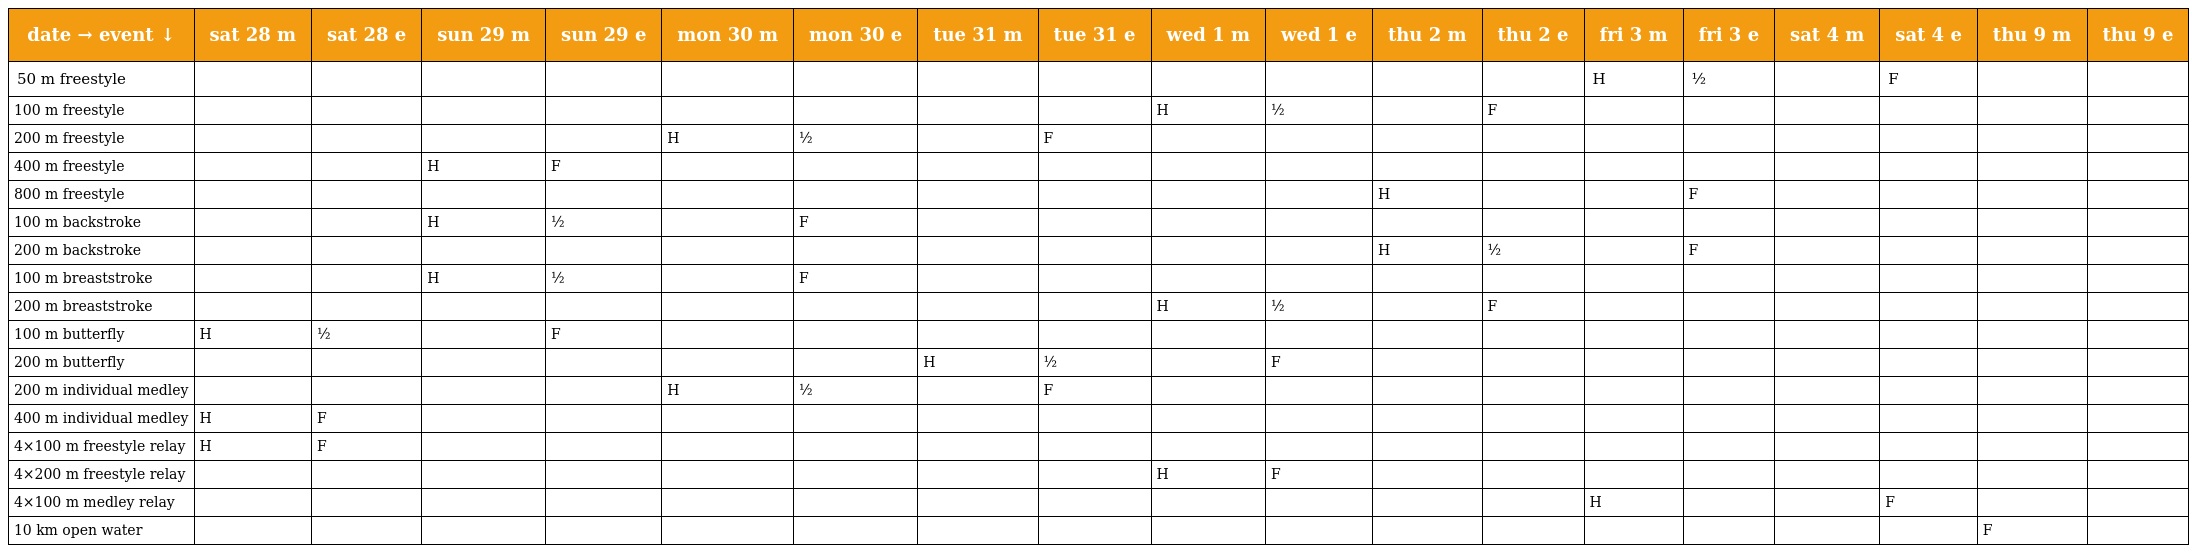
| date → event ↓ | sat 28 m | sat 28 e | sun 29 m | sun 29 e | mon 30 m | mon 30 e | tue 31 m | tue 31 e | wed 1 m | wed 1 e | thu 2 m | thu 2 e | fri 3 m | fri 3 e | sat 4 m | sat 4 e | thu 9 m | thu 9 e |
 | --- | --- | --- | --- | --- | --- | --- | --- | --- | --- | --- | --- | --- | --- | --- | --- | --- | --- | --- |
 | 50 m freestyle |  |  |  |  |  |  |  |  |  |  |  |  | H | ½ |  | F |  |  |
 | 100 m freestyle |  |  |  |  |  |  |  |  | H | ½ |  | F |  |  |  |  |  |  |
 | 200 m freestyle |  |  |  |  | H | ½ |  | F |  |  |  |  |  |  |  |  |  |  |
 | 400 m freestyle |  |  | H | F |  |  |  |  |  |  |  |  |  |  |  |  |  |  |
 | 800 m freestyle |  |  |  |  |  |  |  |  |  |  | H |  |  | F |  |  |  |  |
 | 100 m backstroke |  |  | H | ½ |  | F |  |  |  |  |  |  |  |  |  |  |  |  |
 | 200 m backstroke |  |  |  |  |  |  |  |  |  |  | H | ½ |  | F |  |  |  |  |
 | 100 m breaststroke |  |  | H | ½ |  | F |  |  |  |  |  |  |  |  |  |  |  |  |
 | 200 m breaststroke |  |  |  |  |  |  |  |  | H | ½ |  | F |  |  |  |  |  |  |
 | 100 m butterfly | H | ½ |  | F |  |  |  |  |  |  |  |  |  |  |  |  |  |  |
 | 200 m butterfly |  |  |  |  |  |  | H | ½ |  | F |  |  |  |  |  |  |  |  |
 | 200 m individual medley |  |  |  |  | H | ½ |  | F |  |  |  |  |  |  |  |  |  |  |
 | 400 m individual medley | H | F |  |  |  |  |  |  |  |  |  |  |  |  |  |  |  |  |
 | 4×100 m freestyle relay | H | F |  |  |  |  |  |  |  |  |  |  |  |  |  |  |  |  |
 | 4×200 m freestyle relay |  |  |  |  |  |  |  |  | H | F |  |  |  |  |  |  |  |  |
 | 4×100 m medley relay |  |  |  |  |  |  |  |  |  |  |  |  | H |  |  | F |  |  |
 | 10 km open water |  |  |  |  |  |  |  |  |  |  |  |  |  |  |  |  | F |  |